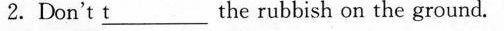
2.Don't t_ the rubbish on the ground.